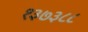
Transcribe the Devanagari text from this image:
१३७३८८